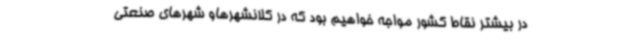
در بیشتر نقاط کشور مواجه خواهیم بود که در کلانشهرهاو شهرهای صنعتی